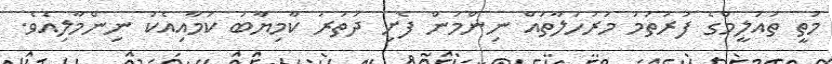
މަތީ ތައުލީމްގެ ފުރަތަމަ މަރުހަލާތައް ނިންމަން ފެށި ދަތުރު ކާމިޔާބު ކަމާއިއެކު ނިންމާލިއެވެ.